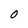
Character: O